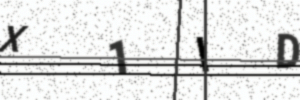
Text: X1ID